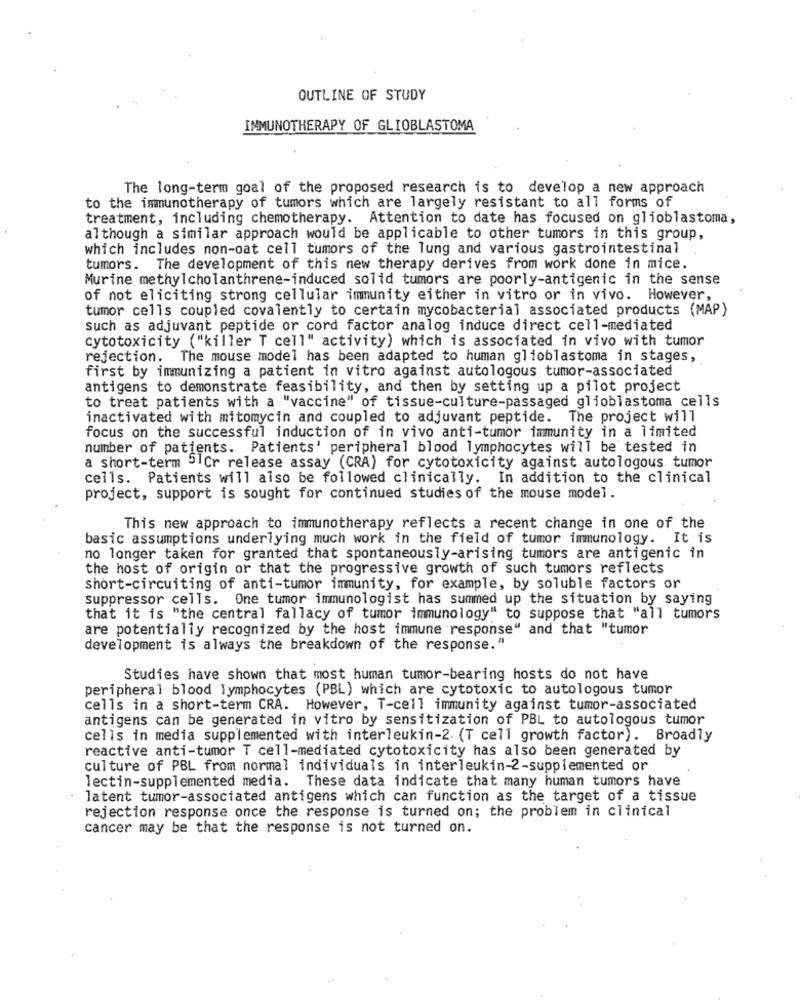
OUTLINE OF STUDY
IMMUNOTHERAPY OF GLIOBLASTOMA
The long-term goal of the proposed research is to develop a new approach
to the immunotherapy of tumors which are largely resistant to all forms of
treatment, including chemotherapy. Attention to date has focused on glioblastoma,
although a similar approach would be applicable to other tumors in this group,
which includes non-oat cell tumors of the lung and various gastrointestinal
tumors. The development of this new therapy derives from work done in mice.
Murine methylcholanthrene-induced solid tumors are poorly-antigenic in the sense
of not eliciting strong cellular immunity either in vitro or in vivo. However,
tumor cells coupled covalently to certain mycobacterial associated products (MAP)
such as adjuvant peptide or cord factor analog induce direct cell-mediated
cytotoxicity ("killer T cell" activity) which is associated in vivo with tumor
rejection. The mouse model has been adapted to human glioblastoma in stages,
first by immunizing a patient in vitro against autologous tumor-associated
antigens to demonstrate feasibility, and then by setting up a pilot project
to treat patients with a "vaccine" of tissue-culture-passaged glioblastoma cells
inactivated with mitomycin and coupled to adjuvant peptide. The project will
focus on the successful induction of in vivo anti-tumor immunity in a limited
number of patients. Patients' peripheral blood lymphocytes will be tested in
a short-term 5 Cr release assay (CRA) for cytotoxicity against autologous tumor
cells. Patients will also be followed clinically. In addition to the clinical
project, support is sought for continued studies of the mouse model.
This new approach to immunotherapy reflects a recent change in one of the
basic assumptions underlying much work in the field of tumor immunology. It is
no longer taken for granted that spontaneously-arising tumors are antigenic in
the host of origin or that the progressive growth of such tumors reflects
short-circuiting of anti-tumor immunity, for example, by soluble factors or
suppressor cells. One tumor immunologist has summed up the situation by saying
that it is "the central fallacy of tumor immunology" to suppose that "all tumors
are potentially recognized by the host immune response" and that "tumor
development is always the breakdown of the response."
Studies have shown that most human tumor-bearing hosts do not have
peripheral blood lymphocytes (PBL) which are cytotoxic to autologous tumor
cells in a short-term CRA. However, T-cell immunity against tumor-associated
antigens can be generated in vitro by sensitization of PBL to autologous tumor
cells in media supplemented with interleukin-2. (T cell growth factor). Broadly
reactive anti-tumor T cell-mediated cytotoxicity has also been generated by
culture of PBL from normal individuals in interleukin-2-supplemented or
lectin-supplemented media. These data indicate that many human tumors have
latent tumor-associated antigens which can function as the target of a tissue
rejection response once the response is turned on; the problem in clinical
cancer may be that the response is not turned on.